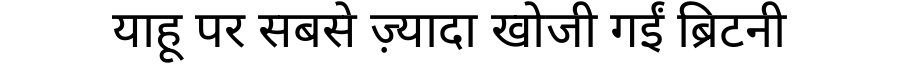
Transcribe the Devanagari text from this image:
याहू पर सबसे ज़्यादा खोजी गईं ब्रिटनी